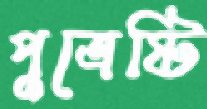
পুত্রেষ্টি